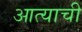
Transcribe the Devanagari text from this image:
आत्याची